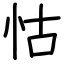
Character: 怙